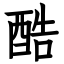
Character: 酷